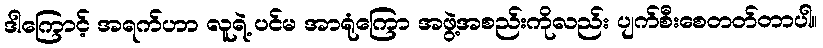
ဒါကြောင့် အရက်ဟာ လူရဲ့ ပင်မ အာရုံကြော အဖွဲ့အစည်းကိုလည်း ပျက်စီးစေတတ်တာပါ။